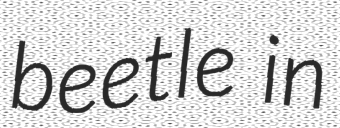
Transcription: beetle in